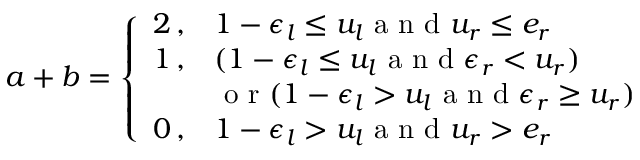
a + b = \left\{ \begin{array} { l l } { 2 \, , } & { 1 - \epsilon _ { l } \leq u _ { l } \mathrm { ~ a ~ n ~ d ~ } u _ { r } \leq e _ { r } } \\ { 1 \, , } & { ( 1 - \epsilon _ { l } \leq u _ { l } \mathrm { ~ a ~ n ~ d ~ } \epsilon _ { r } < u _ { r } ) } \\ { ~ } & { \mathrm { ~ o ~ r ~ } ( 1 - \epsilon _ { l } > u _ { l } \mathrm { ~ a ~ n ~ d ~ } \epsilon _ { r } \geq u _ { r } ) } \\ { 0 \, , } & { 1 - \epsilon _ { l } > u _ { l } \mathrm { ~ a ~ n ~ d ~ } u _ { r } > e _ { r } } \end{array} \right.